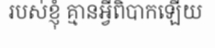
របស់ខ្ញុំ គ្មានអ្វីពិបាកឡើយ